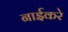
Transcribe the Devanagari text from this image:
नाईकरे